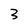
Character: 3